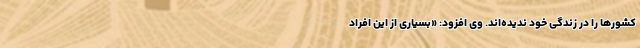
کشور‌ها را در زندگی خود ندیده‌اند. وی افزود: «بسیاری از این افراد